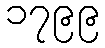
၁၇၉၉